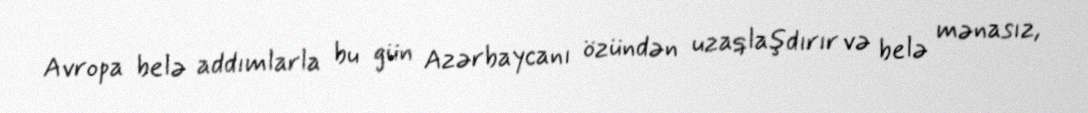
Avropa belə addımlarla bu gün Azərbaycanı özündən uzaqlaşdırır və belə mənasız,